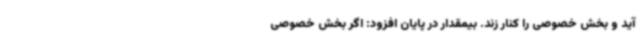
آید و بخش خصوصی را کنار زند. بیمقدار در پایان افزود: اگر بخش خصوصی